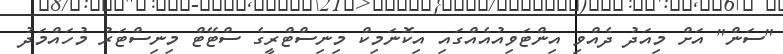
"ސަން" އަށް މިއަދު ދެއްވި އިންޓަވިއުއެއްގައި އިކޮނަމިކް މިނިސްޓްރީގެ ސްޓޭޓް މިނިސްޓަރު މުހައްމަދު